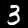
Digit: 3